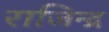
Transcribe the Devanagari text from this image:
राजिन्द्र